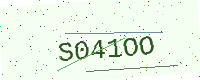
Text: S041OO